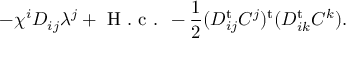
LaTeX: - \chi ^ { i } D _ { i j } \lambda ^ { j } + \textrm { H . c . } - \frac { 1 } { 2 } ( D _ { i j } ^ { \mathrm { t } } C ^ { j } ) ^ { \mathrm { t } } ( D _ { i k } ^ { \mathrm { t } } C ^ { k } ) .